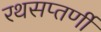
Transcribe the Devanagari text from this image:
रथसप्‍तर्णी